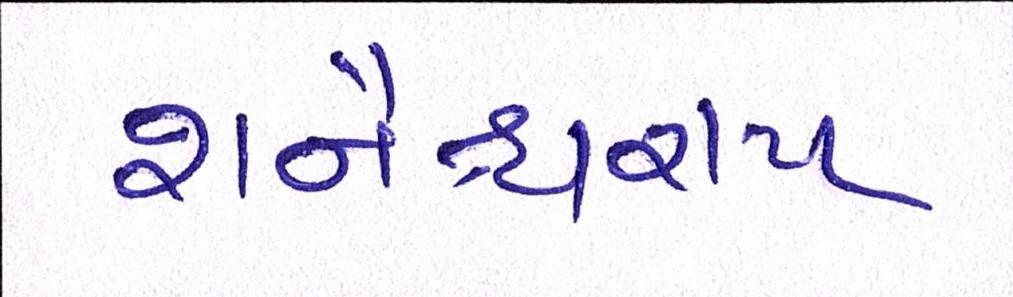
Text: શનૈશ્ચરાય